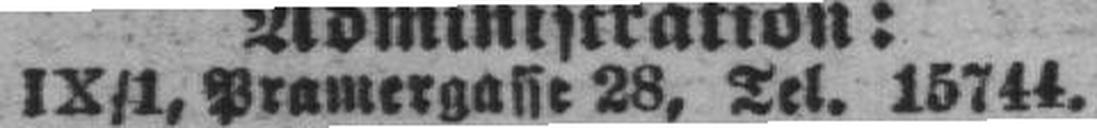
IX/1, Pramergasse 28, Tel. 15744